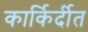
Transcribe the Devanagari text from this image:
कार्किर्दीत